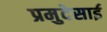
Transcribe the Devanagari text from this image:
प्रमुदेसाई